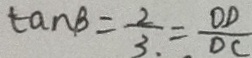
\tan \beta = \frac { 2 } { 3 . } = \frac { O D } { D C }